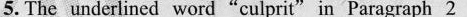
5. The underlined word"culprit"in Paragraph 2